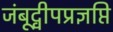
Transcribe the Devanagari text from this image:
जंबूद्वीपप्रज्ञप्ति